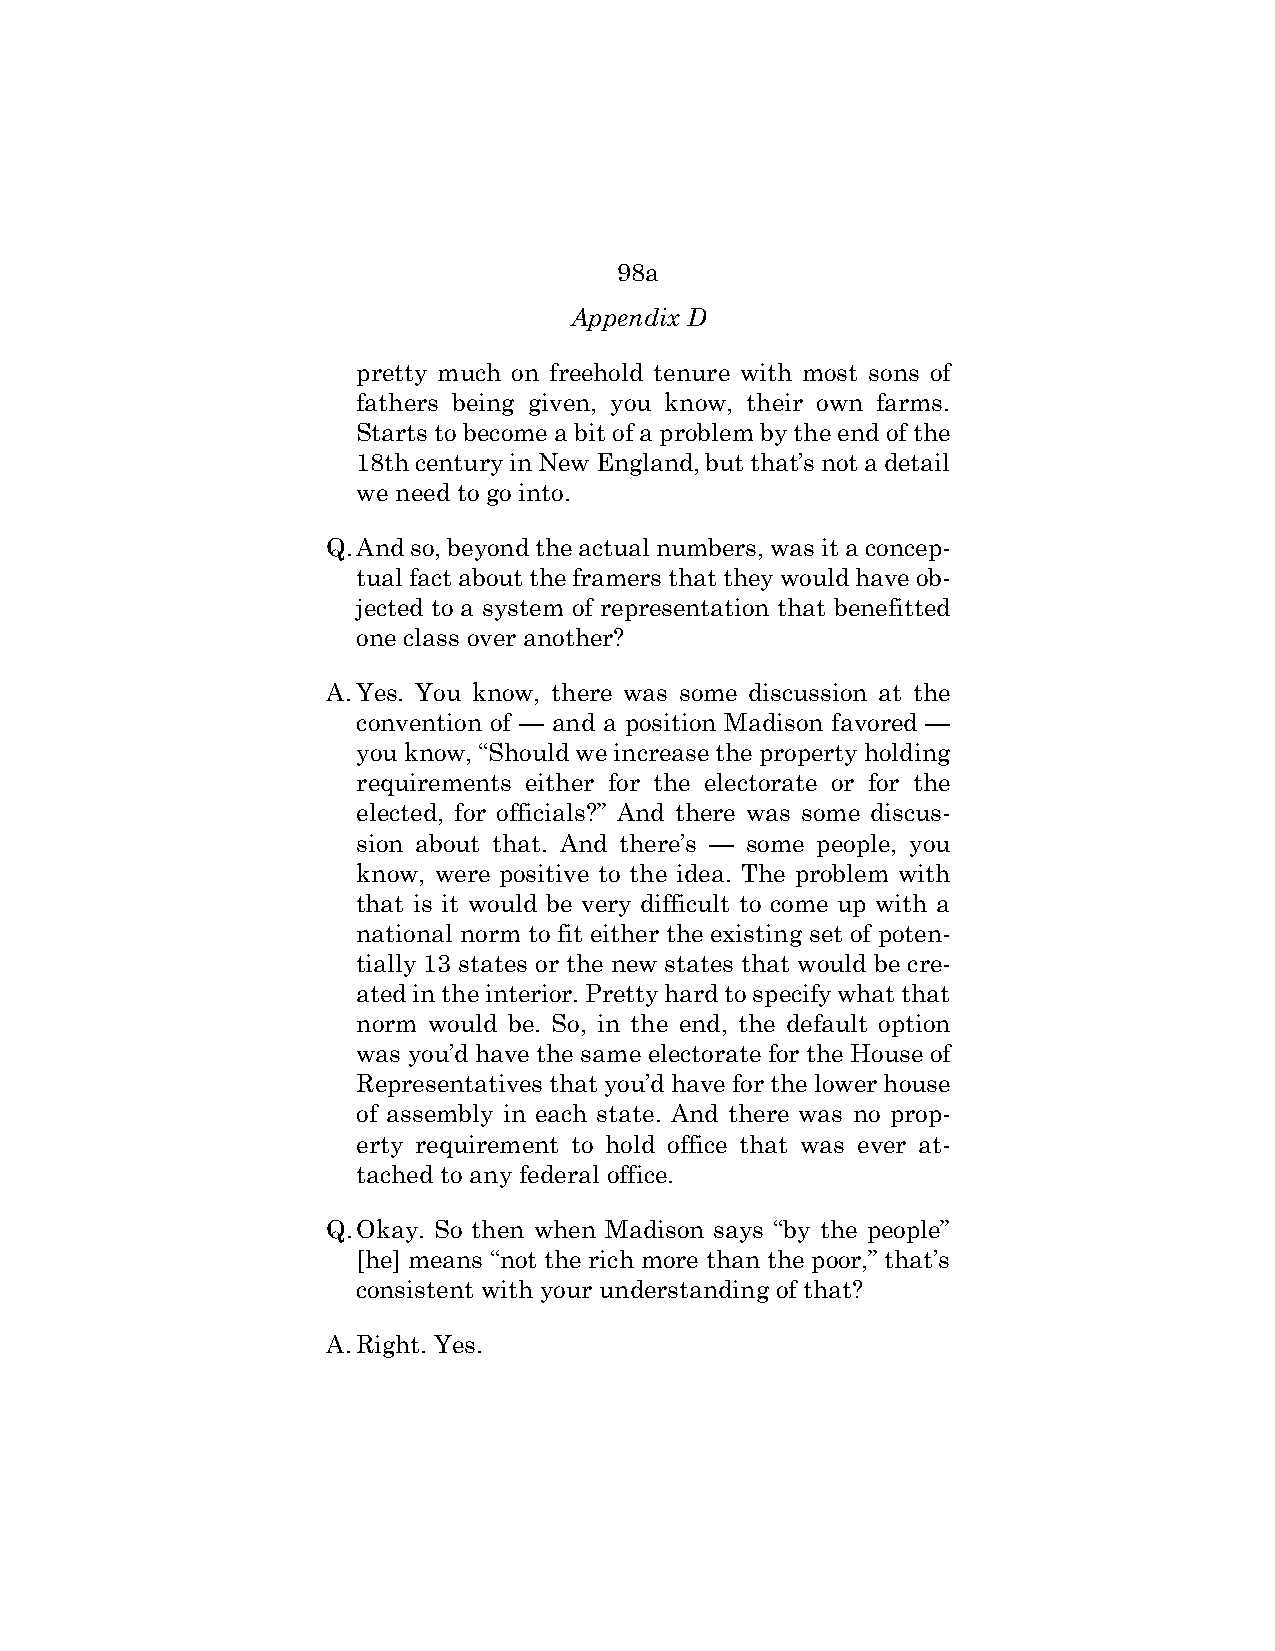
98a
 Appendix D
 pretty much on freehold tenure with most sons of
 fathers being given, you know, their own farms.
 Starts to become a bit of a problem by the end of the
 18th century in New England, but that’s not a detail
 we need to go into.
 Q. And so, beyond the actual numbers, was it a concep-
 tual fact about the framers that they would have ob-
 jected to a system of representation that benefitted
 one class over another?
 A. Yes. You know, there was some discussion at the
 convention of — and a position Madison favored —
 you know, “Should we increase the property holding
 requirements either for the electorate or for the
 elected, for officials?” And there was some discus-
 sion about that. And there’s — some people, you
 know, were positive to the idea. The problem with
 that is it would be very difficult to come up with a
 national norm to fit either the existing set of poten-
 tially 13 states or the new states that would be cre-
 ated in the interior. Pretty hard to specify what that
 norm would be. So, in the end, the default option
 was you’d have the same electorate for the House of
 Representatives that you’d have for the lower house
 of assembly in each state. And there was no prop-
 erty requirement to hold office that was ever at-
 tached to any federal office.
 Q. Okay. So then when Madison says “by the people”
 [he] means “not the rich more than the poor,” that’s
 consistent with your understanding of that?
 A. Right. Yes.